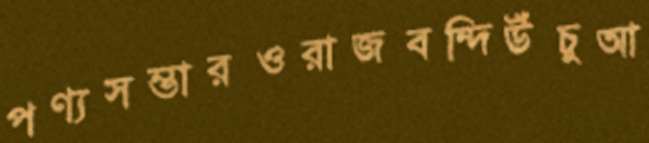
পণ্যসম্ভারওরাজবন্দিউঁচুুআ